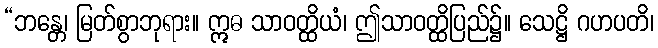
“ဘန္တေ၊ မြတ်စွာဘုရား။ ဣဓ သာဝတ္ထိယံ၊ ဤသာဝတ္ထိပြည်၌။ သေဋ္ဌိ ဂဟပတိ၊